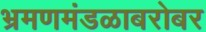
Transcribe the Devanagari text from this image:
भ्रमणमंडळाबरोबर